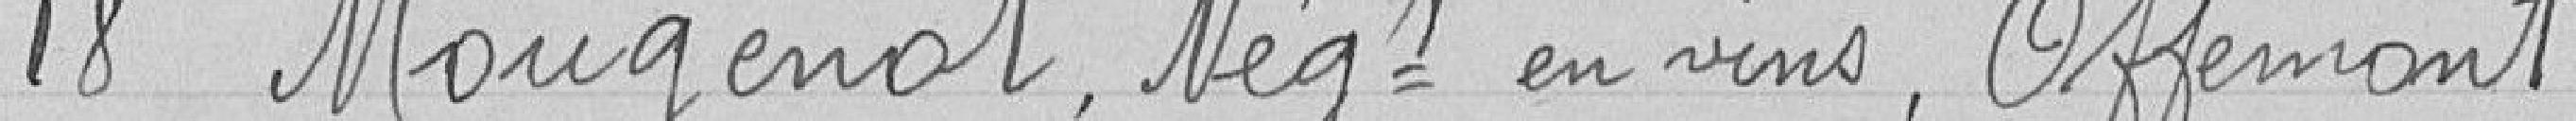
18 Mougenot, négociant en vins, Offemont